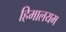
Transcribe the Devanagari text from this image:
हिमालयम